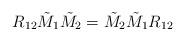
LaTeX: \begin{align*}R_{12} \tilde{M}_{1} \tilde{M}_{2} = \tilde{M}_{2} \tilde{M}_{1} {R}_{12}\end{align*}